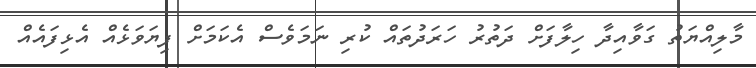
މާލިއްޔަތު ގަވާއިދާ ހިލާފަށް ދަތުރު ހަރަދުތައް ކުރި ނަމަވެސް އެކަމަށް ފިޔަވަޅެއް އެޅިފައެއް